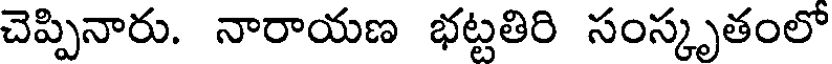
చెప్పినారు. నారాయణ భట్టతిరి సంస్కృతంలో